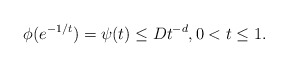
\begin{align*}\phi(e^{-1/t})=\psi(t)\le D t^{-d}, 0 < t\le 1.\end{align*}